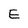
Character: E